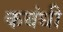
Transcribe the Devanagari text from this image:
कबंधी